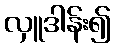
လှူဒါန်း၍